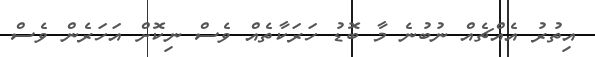
އިތުރު އެއްޗެއް ނުބުނެ މާ ބޮޑު ހަރަކާތެއް ވެސް ނިކޮށް އަހަރެން ވެސް